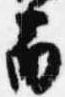
南